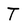
Character: T